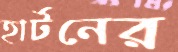
হার্টনের